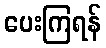
ပေးကြရန်